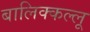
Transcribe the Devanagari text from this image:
बालिक्कल्लू